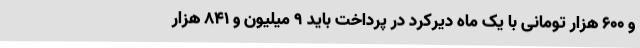
و ۶۰۰ هزار تومانی با یک ماه دیرکرد در پرداخت باید ۹ میلیون و ۸۴۱ هزار